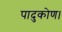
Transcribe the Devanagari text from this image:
पादुकोण।